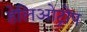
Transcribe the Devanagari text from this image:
हेलिओट्रोप